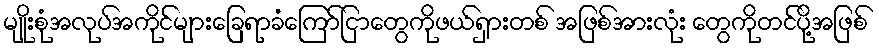
မျိုးစုံအလုပ်အကိုင်များခြေရာခံကြော်ငြာတွေကိုဖယ်ရှားတစ် အဖြစ်အားလုံး တွေကိုတင်ပို့အဖြစ်